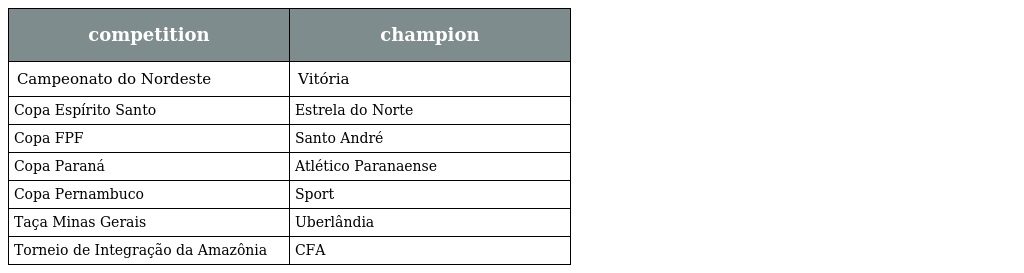
| competition | champion |
 | --- | --- |
 | Campeonato do Nordeste | Vitória |
 | Copa Espírito Santo | Estrela do Norte |
 | Copa FPF | Santo André |
 | Copa Paraná | Atlético Paranaense |
 | Copa Pernambuco | Sport |
 | Taça Minas Gerais | Uberlândia |
 | Torneio de Integração da Amazônia | CFA |